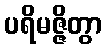
ပရိမဇ္ဇိတွာ